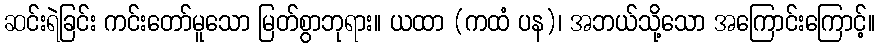
ဆင်းရဲခြင်း ကင်းတော်မူသော မြတ်စွာဘုရား။ ယထာ (ကထံ ပန)၊ အဘယ်သို့သော အကြောင်းကြောင့်။